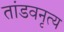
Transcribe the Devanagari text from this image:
तांडवनृत्य